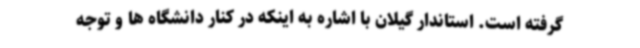
گرفته است. استاندار گیلان با اشاره به اینکه در کنار دانشگاه ها و توجه